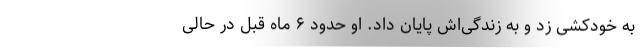
به ‌خودکشی زد و به زندگی‌اش پایان داد. او حدود ۶‌ ماه قبل در حالی‌